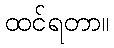
ထင်ရတာ။